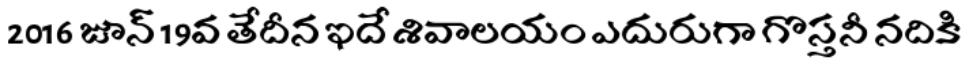
2016 జూన్ 19వ తేదీన ఇదే శివాలయం ఎదురుగా గొస్తనీ నదికి